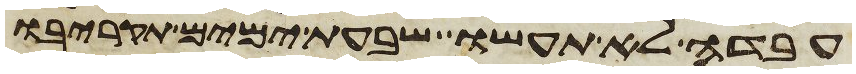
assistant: עבדה לא תעשו שבעת ימים תקריבו